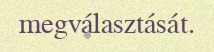
megválasztását.